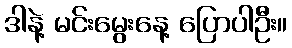
ဒါနဲ့ မင်းမွေးနေ့ ပြောပါဦး။